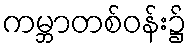
ကမ္ဘာတစ်ဝန်း၌